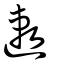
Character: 遫